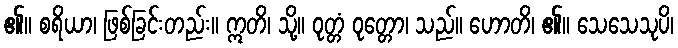
၏။ စရိယာ၊ ဖြစ်ခြင်းတည်း။ ဣတိ၊ သို့။ ဝုတ္တံ ဝုတ္တော၊ သည်။ ဟောတိ၊ ၏။ သေသေသုပိ၊